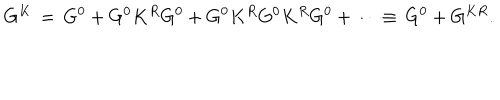
LaTeX: G ^ { K } \, = \, G ^ { 0 } + G ^ { 0 } K ^ { R } G ^ { 0 } + G ^ { 0 } K ^ { R } G ^ { 0 } K ^ { R } G ^ { 0 } + \cdots \equiv \, G ^ { 0 } + G ^ { K R } .